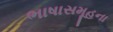
ભાષાસમૂહના